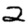
Digit: 2